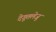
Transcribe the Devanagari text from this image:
देगूतलेजु